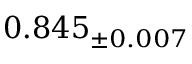
0 . 8 4 5 _ { \pm 0 . 0 0 7 }